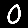
Digit: 0